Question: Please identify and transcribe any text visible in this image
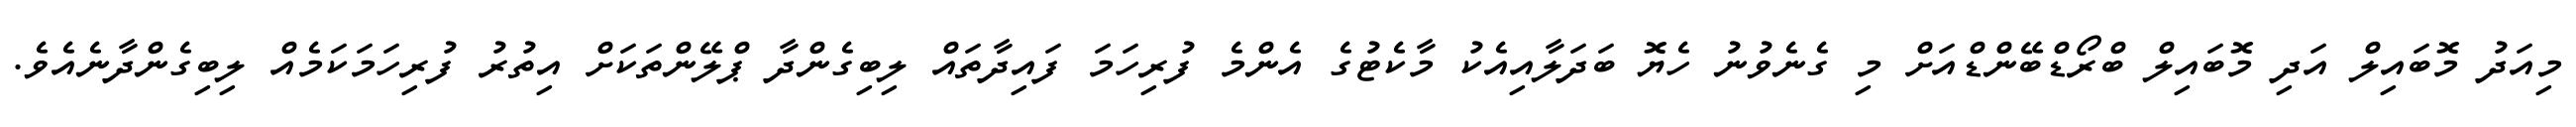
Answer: މިއަދު މޮބައިލް އަދި މޮބައިލް ބްރޯޑްބޭންޑްއަށް މި ގެނެވުނު ހެޔޮ ބަދަލާއިއެކު މާކެޓުގެ އެންމެ ފުރިހަމަ ފައިދާތައް ލިބިގެންދާ ޕްލޭންތަކަށް އިތުރު ފުރިހަމަކަމެއް ލިބިގެންދާނެއެވެ.